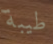
طيبة